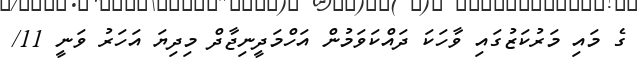
ގެ މައި މަރުކަޒުގައި ވާހަކަ ދައްކަވަމުން އަހްމަދީނިޖާދް މިދިޔަ އަހަރު ވަނީ 11/